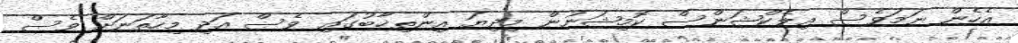
އެހެން ނަމަވެސް އިލެކްޝަންސް ކޮމިޝަނުން މިދިޔަ އިންތިޚާބުގައި ވެސް އަދި މިހާތަނަށް ވެސް